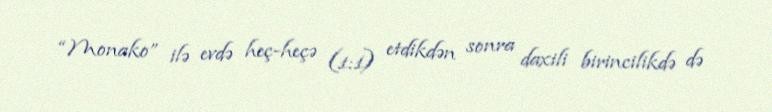
“Monako” ilə evdə heç-heçə (1:1) etdikdən sonra daxili birincilikdə də